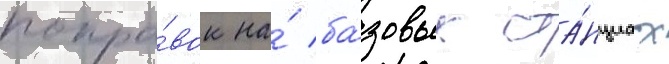
попра́вок на́ ба́зовых ста́нциах